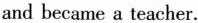
and became a teacher.